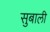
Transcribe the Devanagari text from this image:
सुबाली